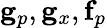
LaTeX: \mathbf{g}_{p},\mathbf{g}_{x},\mathbf{f}_{p}